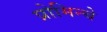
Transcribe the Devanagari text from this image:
प्रोमिन्चे